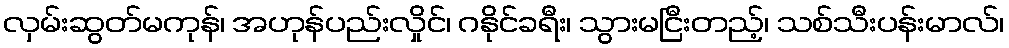
လှမ်းဆွတ်မကုန်၊ အဟုန်ပည်းလှိုင်၊ ဂနိုင်ခရီး၊ သွားမငြီးတည့်၊ သစ်သီးပန်းမာလ်၊